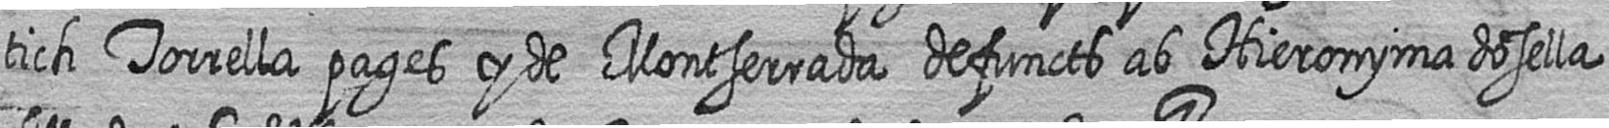
tich Torrella pages y de Montserrada defuncts ab Hieronyma dosella